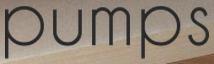
pumps